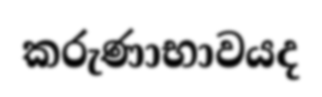
කරුණාභාවයද